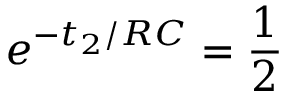
e ^ { - t _ { 2 } / R C } = \frac { 1 } { 2 }